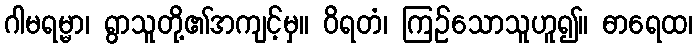
ဂါမရမ္မာ၊ ရွာသူတို့၏အကျင့်မှ။ ဝိရတံ၊ ကြဉ်သောသူဟူ၍။ ဓာရေထ၊